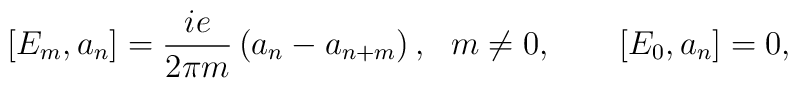
[E_m, a_n] = \frac{ie}{2 \pi m }\left( a_n - a_{n+m}  \right), \ \  m \neq0, \qquad [E_0, a_n]=0,